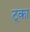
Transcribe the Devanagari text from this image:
ट्का